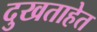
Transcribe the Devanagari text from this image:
दुखताहेत